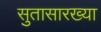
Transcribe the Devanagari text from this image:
सुतासारख्या